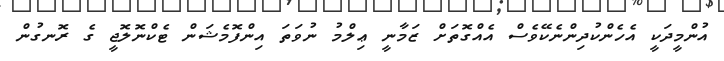
އުންމީދަކީ އެހެންކުދިންނެކޭވެސް އެއްގޮތަށް ޒަމާނީ ޢިލްމު ނުވަތަ އިންފޮމެޝަން ޓެކްނޮލޮޖީ ގެ ރޮނގުން